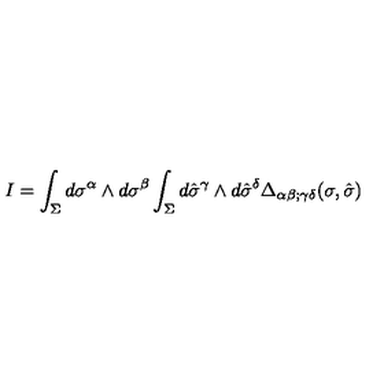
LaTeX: I = \int _ { \Sigma } d \sigma ^ { \alpha } \wedge d \sigma ^ { \beta } \int _ { \Sigma } d \hat { \sigma } ^ { \gamma } \wedge d \hat { \sigma } ^ { \delta } \Delta _ { \alpha \beta ; \gamma \delta } ( \sigma , \hat { \sigma } )